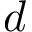
d